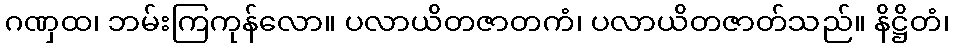
ဂဏှထ၊ ဘမ်းကြကုန်လော။ ပလာယိတဇာတကံ၊ ပလာယိတဇာတ်သည်။ နိဋ္ဌိတံ၊